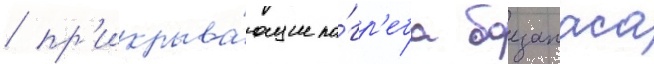
/ пр'икрыва́ющие по́гр'еба боезапаса